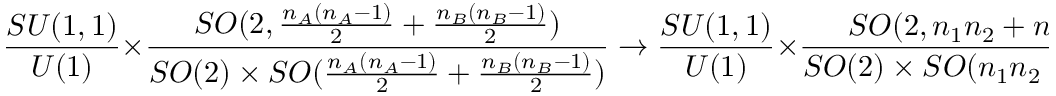
\frac { S U ( 1 , 1 ) } { U ( 1 ) } \times \frac { S O ( 2 , \frac { n _ { A } ( n _ { A } - 1 ) } { 2 } + \frac { n _ { B } ( n _ { B } - 1 ) } { 2 } ) } { S O ( 2 ) \times S O ( \frac { n _ { A } ( n _ { A } - 1 ) } { 2 } + \frac { n _ { B } ( n _ { B } - 1 ) } { 2 } ) } \to \frac { S U ( 1 , 1 ) } { U ( 1 ) } \times \frac { S O ( 2 , n _ { 1 } n _ { 2 } + n _ { 3 } n _ { 4 } ) } { S O ( 2 ) \times S O ( n _ { 1 } n _ { 2 } + n _ { 3 } n _ { 4 } ) } .